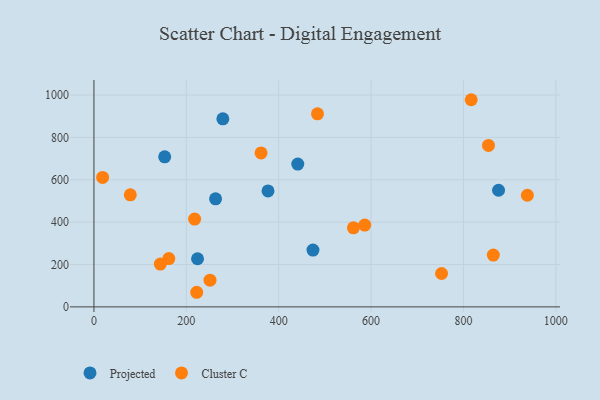
{"axis": {"x": "Investment", "y": "Exam Score"}, "legend": ["Cluster C", "Projected"], "data": [{"x": "279.1", "y": 888.0, "type": "Projected"}, {"x": "376.9", "y": 547.3, "type": "Projected"}, {"x": "876.0", "y": 550.8, "type": "Projected"}, {"x": "474.2", "y": 268.1, "type": "Projected"}, {"x": "263.3", "y": 510.1, "type": "Projected"}, {"x": "441.3", "y": 674.2, "type": "Projected"}, {"x": "224.3", "y": 227.2, "type": "Projected"}, {"x": "153.2", "y": 708.4, "type": "Projected"}, {"x": "361.8", "y": 727.0, "type": "Cluster C"}, {"x": "484.0", "y": 911.6, "type": "Cluster C"}, {"x": "222.5", "y": 69.0, "type": "Cluster C"}, {"x": "143.7", "y": 202.0, "type": "Cluster C"}, {"x": "561.8", "y": 373.4, "type": "Cluster C"}, {"x": "586.3", "y": 386.3, "type": "Cluster C"}, {"x": "251.3", "y": 126.0, "type": "Cluster C"}, {"x": "78.7", "y": 529.1, "type": "Cluster C"}, {"x": "752.6", "y": 157.7, "type": "Cluster C"}, {"x": "816.8", "y": 978.1, "type": "Cluster C"}, {"x": "864.7", "y": 244.4, "type": "Cluster C"}, {"x": "854.2", "y": 762.4, "type": "Cluster C"}, {"x": "18.8", "y": 611.1, "type": "Cluster C"}, {"x": "938.4", "y": 527.2, "type": "Cluster C"}, {"x": "162.1", "y": 228.2, "type": "Cluster C"}, {"x": "218.0", "y": 414.8, "type": "Cluster C"}]}